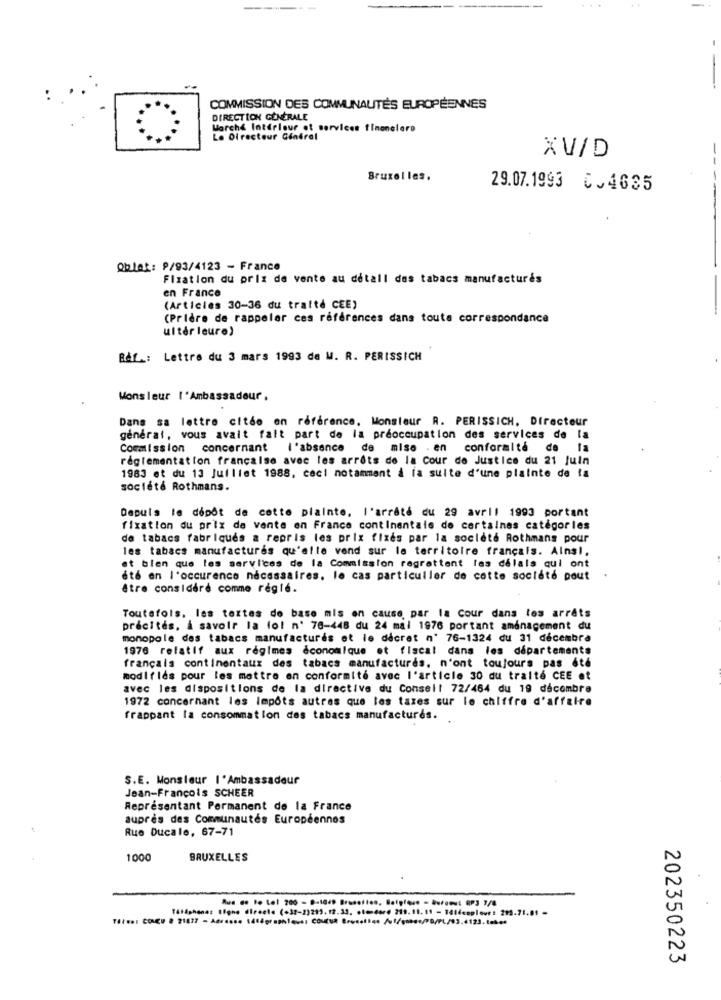
COMMISSION DES COMMUNAUTÉS EUROPÉENNES
DIRECTION GÉNÉRALE
Marche Interiour et services finonelere
Le Directeur Général
XV/D
Bruxelles.
29.07.1993 0.4635
Qblet: P/93/4123 - France
Flzation du prix de vente au detall des tabacs manufacturés
en France
(Articles 30-36 du traité CEE)
(Prière de rappeler ces références dans toute correspondance
ultérieure)
B&f .: Lettre du 3 mars 1993 de M. R. PERISSICH
Mons leur | *Ambassadeur ,
Dans sa lettre citée en reference, Monsieur R. PERISSICH, Directeur
général, vous avait fait part de la préoccupation des services de la
Commission concernant
l'absence de mise . en conformité de
réglementation francaise avec les arrots de la Cour de Justice du 21 Juin
1983 et du 13 Juillet 1988. ceci notamment à la suite d'une plainte de la
société Rothmans.
Depuis le dépôt de cotte plainte, l'arrêté du 29 avril 1993 portant
fixation du prix de vente en France continentais de certaines catégories
de tabacs fabriques a repris les prix fixes par la société Rothmans pour
les tabacs manufactures qu'elle vend sur le territoire français. Ainsi,
et bien que les services de la Commission regrattent les delals qui ont
été en l'occurence nécessaires. le cas particulier de cotte société pout
être considéré comme regie.
Toutefois, les textes de base mis en cause, par la Cour dans les arrêts
precités, & savoir la lol n' 78-448 du 24 mal 1976 portant aménagement du
monopole des tabacs manufacturés et le décret n' 76-1324 du 31 décembre
1976 relatif aux régimes économique et fiscal dans les départements
français continentaux des tabacs manufacturés, n'ont toujours pas été
modif lés pour les mettre en conformité avec l'article 30 du traité CEE et
avec les dispositions de la directive du Conseil 72/464 du 19 décembre
1972 concernant les Impôts autres que les taxes sur le chiffre d'affaire
frappant la consommation des tabacs manufactures.
S.E. Monsleur I ' Ambassadeur
Jean-Francois SCHEER
Représentant Permanent de la France
auprès des Communautés Européennes
Rue Ducale, 67-71
1000
BRUXELLES
Aus .. lo Lol 200 - 8-1049 Brusettes, Belgique - buroout OP3 7/8
Tatiphone: Ifone directe (+32-2)285.12.33. . tendere 219.11.11 - 14téceplove: 295.78.01 -
202350223